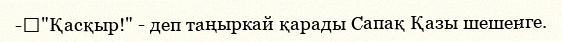
-	"Қасқыр!" - деп таңыркай қарады Сапақ Қазы шешенге.